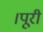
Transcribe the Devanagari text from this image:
।पूरी